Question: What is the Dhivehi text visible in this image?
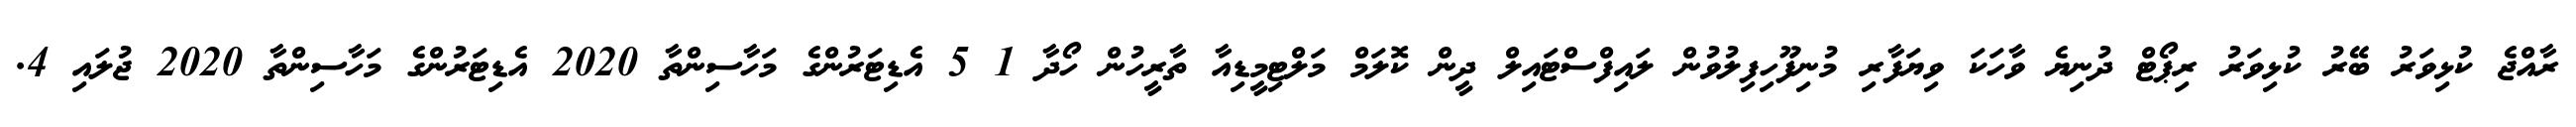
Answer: ރާއްޖެ ކުޅިވަރު ބޭރު ކުޅިވަރު ރިޕޯޓް ދުނިޔެ ވާހަކަ ވިޔަފާރި މުނިފޫހިފިލުވުން ލައިފްސްޓައިލް ދީން ކޮލަމް މަލްޓިމީޑިއާ ތާރީހުން ހޯދާ 1 5 އެޑިޓަރުންގެ މަހާސިންތާ 2020 އެޑިޓަރުންގެ މަހާސިންތާ 2020 ޖުލައި 4.